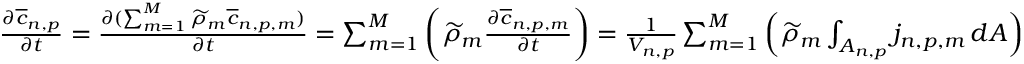
\begin{array} { r } { \frac { \partial \overline { { c } } _ { n , p } } { \partial t } = \frac { \partial ( \sum _ { m = 1 } ^ { M } \widetilde { \rho } _ { m } \overline { { c } } _ { n , p , m } ) } { \partial t } = \sum _ { m = 1 } ^ { M } \left( \widetilde { \rho } _ { m } \frac { \partial \overline { { c } } _ { n , p , m } } { \partial t } \right) = \frac { 1 } { V _ { n , p } } \sum _ { m = 1 } ^ { M } \left( \widetilde { \rho } _ { m } \int _ { A _ { n , p } } j _ { n , p , m } \, d A \right) } \end{array}